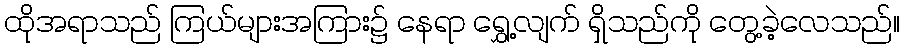
ထိုအရာသည် ကြယ်များအကြား၌ နေရာ ရွှေ့လျက် ရှိသည်ကို တွေ့ခဲ့လေသည်။